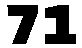
71